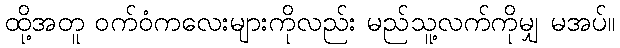
ထို့အတူ ဝက်ဝံကလေးများကိုလည်း မည်သူ့လက်ကိုမျှ မအပ်။